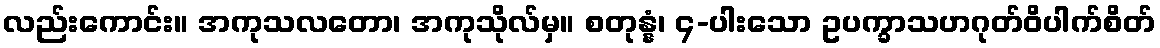
လည်းကောင်း။ အကုသလတော၊ အကုသိုလ်မှ။ စတုန္နံ၊ ၄-ပါးသော ဥပက္ခာသဟဂုတ်ဝိပါက်စိတ်